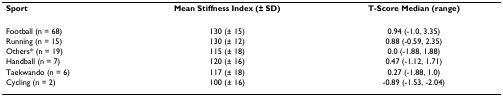
<table><thead><tr><td><b>Sport</b></td><td><b>Mean Stiffness Index (± SD)</b></td><td><b>T-Score Median (range)</b></td></tr></thead><tbody><tr><td>Football (n = 68)</td><td>130 (± 15)</td><td>0.94 (-1.0, 3.35)</td></tr><tr><td>Running (n = 15)</td><td>130 (± 12)</td><td>0.88 (-0.59, 2.35)</td></tr><tr><td>Others* (n = 19)</td><td>115 (± 18)</td><td>0.0 (-1.88, 1.88)</td></tr><tr><td>Handball (n = 7)</td><td>120 (± 16)</td><td>0.47 (-1.12, 1.71)</td></tr><tr><td>Taekwando (n = 6)</td><td>117 (± 18)</td><td>0.27 (-1.88, 1.0)</td></tr><tr><td>Cycling (n = 2)</td><td>100 (± 16)</td><td>-0.89 (-1.53, -2.04)</td></tr></tbody></table>